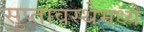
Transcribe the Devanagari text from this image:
सुप्तावस्थेमध्ये